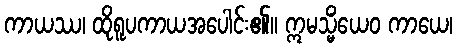
ကာယဿ၊ ထိုရူပကာယအပေါင်း၏။ ဣမသ္မိံယေဝ ကာယေ၊